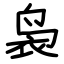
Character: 袅